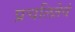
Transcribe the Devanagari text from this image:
प्रचलितेवं